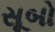
સૂબો